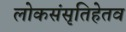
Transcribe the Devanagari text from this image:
लोकसंसृतिहेतव